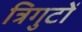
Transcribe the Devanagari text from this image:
त्रिगुटों